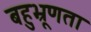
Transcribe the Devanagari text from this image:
बहुभ्रूणता